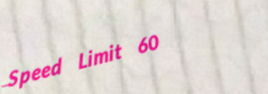
Speed Limit 60